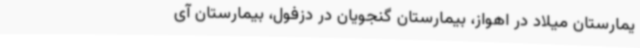
یمارستان میلاد در اهواز، بیمارستان گنجویان در دزفول، بیمارستان آی